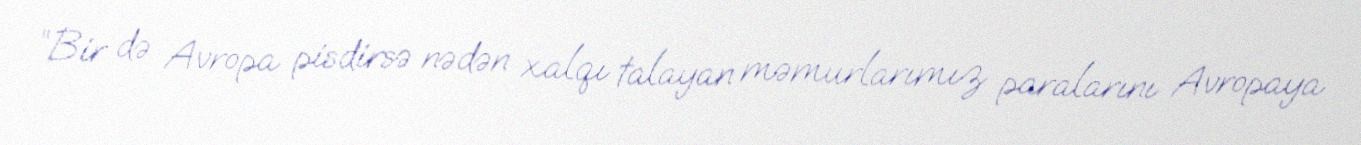
“Bir də Avropa pisdirsə nədən xalqı talayan məmurlarımız paralarını Avropaya